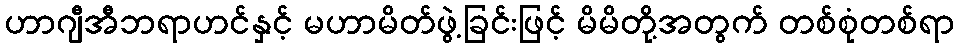
ဟာဂျီအီဘရာဟင်နှင့် မဟာမိတ်ဖွဲ့ခြင်းဖြင့် မိမိတို့အတွက် တစ်စုံတစ်ရာ